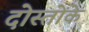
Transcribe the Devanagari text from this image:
दोस्तोंके